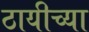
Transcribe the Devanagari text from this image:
ठायीच्या